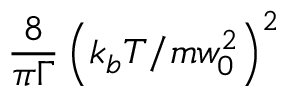
\frac { 8 } { \pi \Gamma } \left( k _ { b } T / m w _ { 0 } ^ { 2 } \right) ^ { 2 }